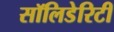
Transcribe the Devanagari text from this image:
सॉलिडेरिटी